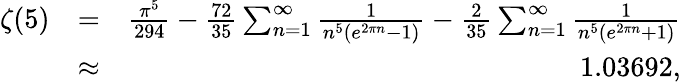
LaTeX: \begin{array}{rlr}{\zeta(5)}&{=}&{\frac{\pi^{5}}{294}-\frac{72}{35}\sum_{n=1}^{\infty}\frac{1}{n^{5}\left(e^{2\pi n}-1\right)}-\frac{2}{35}\sum_{n=1}^{\infty}\frac{1}{n^{5}\left(e^{2\pi n}+1\right)}}\\ &{\approx}&{1.03692,}\end{array}